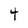
Character: 4